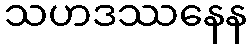
သဟဒဿနေန